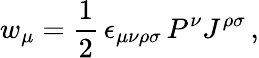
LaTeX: w_{\mu}=\frac{1}{2}\, \epsilon_{\mu\nu\rho\sigma}\, P^{\nu}J^{\rho\sigma}\, ,